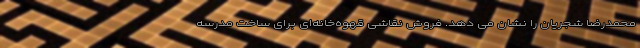
محمدرضا شجریان را نشان می دهد. فروش نقاشی قهوه‌خانه‌ای برای ساخت مدرسه